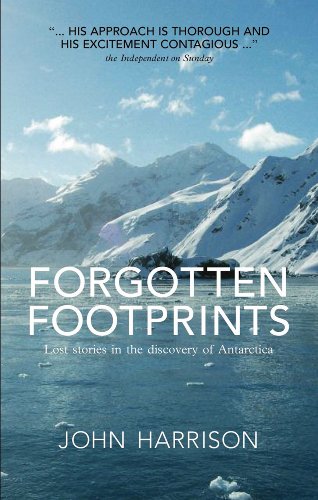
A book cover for Forgotten Footprints: Lost Stories in the Discovery of Antarctica; John Harrison; Travel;